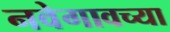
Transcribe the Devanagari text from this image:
नवेगावच्या